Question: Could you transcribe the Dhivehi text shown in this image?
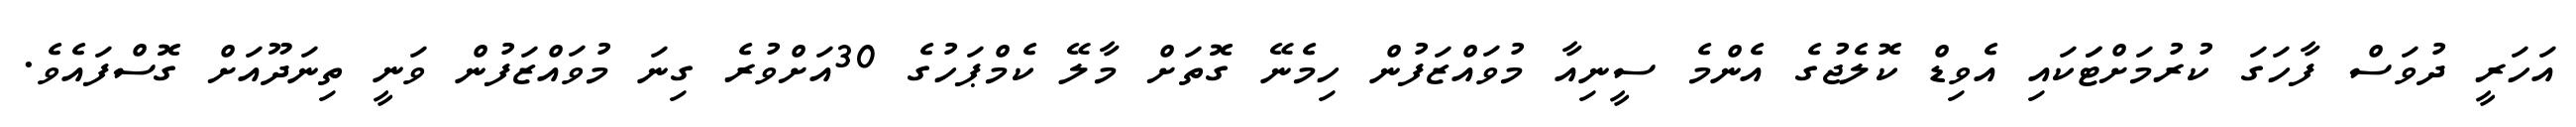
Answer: އަހަރީ ދުވަސް ފާހަގަ ކުރުމަށްޓަަކައި އެވިޑް ކޮލެޖުގެ އެންމެ ސީނިއާ މުވައްޒަފުން ހިމެނޭ ގޮތަށް މާލޭ ކެމްޕަހުގެ 30އަށްވުރެ ގިނަ މުވައްޒަފުން ވަނީ ތިނަދޫއަށް ގޮސްފައެވެ.